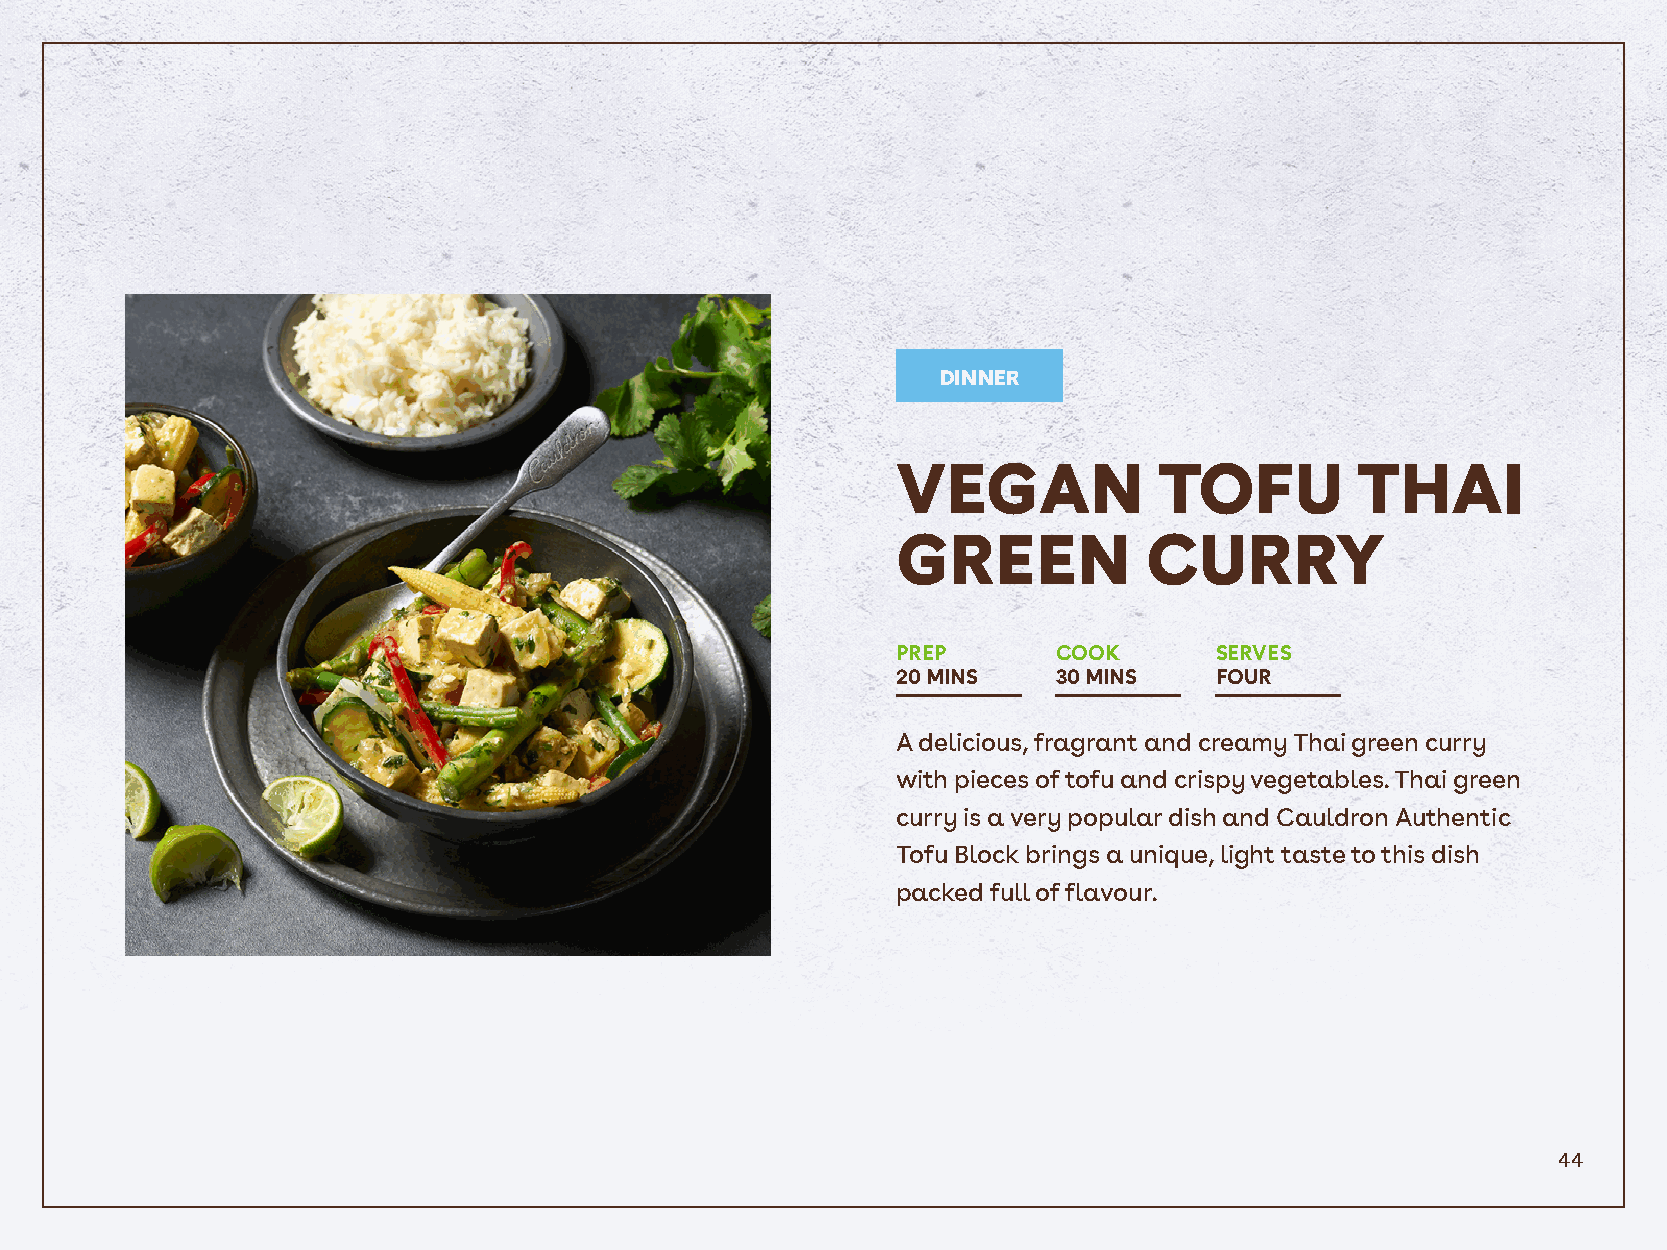
DINNER
 VEGAN             TOFU         THAI
 GREEN            CURRY
 PREP       COOK      SERVES
 20 MINS    30 MINS   FOUR
 A delicious, fragrant and creamy Thai green curry
 with pieces of tofu and crispy vegetables. Thai green
 curry is a very popular dish and Cauldron Authentic
 Tofu Block brings a unique, light taste to this dish
 packed full of flavour.
 44